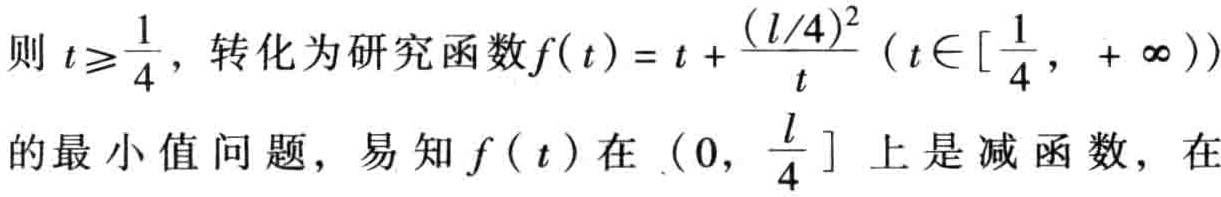
则 \(t\geqslant\frac{1}{4}\)，转化为研究函数\(f(t)=t + \frac{(l/4)^{2}}{t}\)（\(t\in[\frac{1}{4}, +\infty)\)）

的最小值问题，易知\(f(t)\)在\((0, \frac{l}{4}]\)上是减函数，在